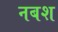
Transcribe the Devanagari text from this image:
नबश